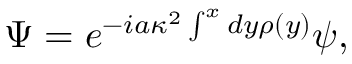
\Psi = e ^ { - i a \kappa ^ { 2 } \int ^ { x } d y \rho ( y ) } \psi ,